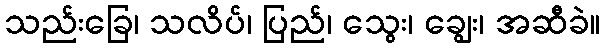
သည်းခြေ၊ သလိပ်၊ ပြည်၊ သွေး၊ ချွေး၊ အဆီခဲ။